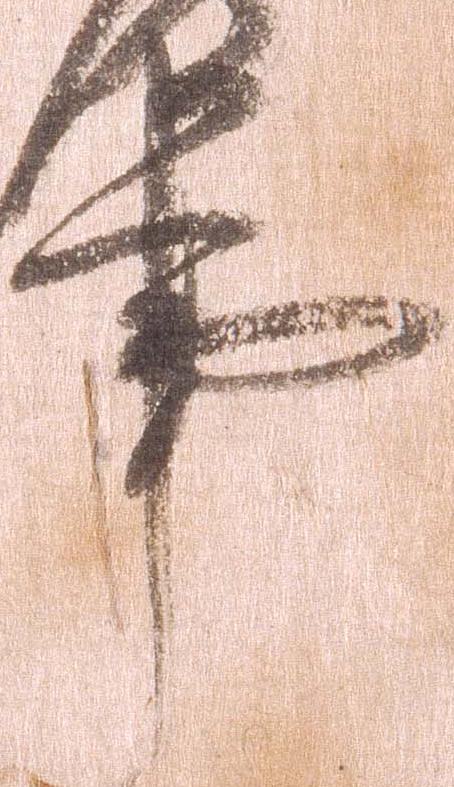
事